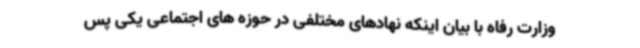
وزارت رفاه با بیان اینکه نهادهای مختلفی در حوزه های اجتماعی یکی پس